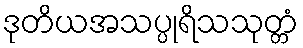
ဒုတိယအသပ္ပုရိသသုတ္တံ